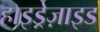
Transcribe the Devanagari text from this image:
हाइड्रेज़ाइड